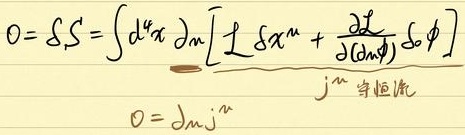
$n^{\mu}\nabla_{\mu}\varphi = 0$
谢谢 $n$!
$\left[\phi^{\sigma}\frac{(\nabla_{\sigma}\nabla_{\rho})\varphi}{g_{\sigma\rho}} + n^{\chi}\nabla_{\chi}\phi\right]\nabla^{\varphi}(x_{\mu}\phi)=\delta S = 0$